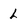
Character: l